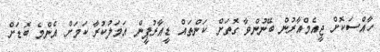
ހާއްސަކޮށް ޖީއެމްއާރުން ބޭނުންވާ ގޮތަށް ކަންތައް ޑީއާރުޕީން އަމަލުކުރާ ކަމަށް އެންމެ ބޮޑަށް